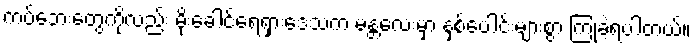
ကပ်ဘေးတွေကိုလည်း မိုးခေါင်ရေရှားဒေသက မန္တလေးမှာ နှစ်ပေါင်းများစွာ ကြုံခဲ့ရပါတယ်။